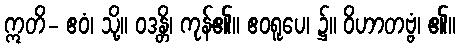
ဣတိ- ဧဝံ၊ သို့။ ဝဒန္တိ၊ ကုန်၏။ ဧဝရူပေ၊ ၌။ ဝိဟာတဗ္ဗံ၊ ၏။